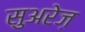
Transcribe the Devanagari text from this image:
सुअरेज़